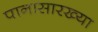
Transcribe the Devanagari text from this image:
पानासारख्या